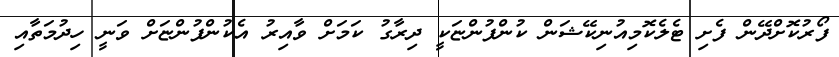
ފޯރުކޮށްދޭން ފެށި ޓެލެކޮމިއުނިކޭޝަން ކުންފުންޏަކީ ދިރާގު ކަމަށް ވާއިރު އެކުންފުންޏަށް ވަނީ ހިދުމަތާއި